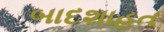
બાદશાહત